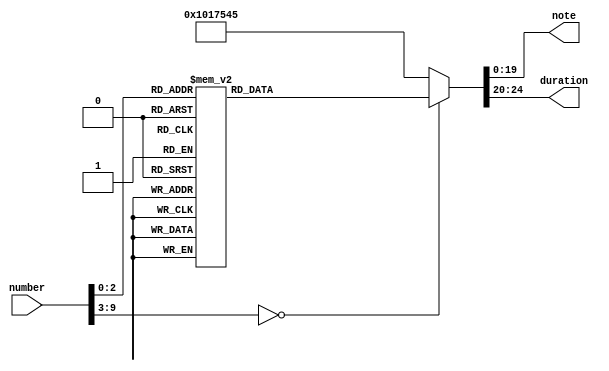
`timescale 1ns / 1ps


module GameWinMusicSheet( input [9:0] number, 
	output reg [19:0] note,//max ? different musical notes
	output reg [4:0] duration);
	parameter   SIXTEENTH = 1;
	parameter   EIGTH = 2;
    parameter   QUARTER = 4;//2
    parameter	HALF = 8;
    parameter	ONE = 16;

    parameter   A4 = 113_636, C4=95_557, D4=85_131, E4 = 75_844, F4=71_586, G4 = 63_776, C5 = 47_778, SP = 1;  
    parameter   F5 = 71_633, D5 = 85_178, B4 = 101_214, E5 = 75_872, A5 = 56_818;
    parameter   G5 = 63_775, Gb5 = 60_168, Gb4 = 120_481;
    parameter A1 = 909090;
    parameter A2 = 454545;
    parameter B1 = 809847;
    parameter B2 = 404956;
    parameter C2 = 764409;
    parameter C3 = 382233;
    parameter D2 = 681013;
    parameter D3 = 340529;
    parameter E2 = 606722;
    parameter E3 = 303379;
    parameter Gb1 = 963205;
    parameter Gb2 = 481556;
    parameter A3 = 227272;
    parameter B3 = 202461;
    parameter Gb3 = 240801;
    
    always @ (number) begin
        case(number)
            0: begin note = A4; duration = QUARTER; end
            1: begin note = B4; duration = QUARTER; end
            2: begin note = D3; duration = QUARTER; end
            3: begin note = E3; duration = QUARTER; end
            4: begin note = A4; duration = QUARTER; end
            5: begin note = B4; duration = QUARTER; end
            6: begin note = D3; duration = QUARTER; end
            7: begin note = E3; duration = QUARTER; end
            default: 	begin note = C4; duration = ONE; 	end
        endcase
    end
endmodule

module GameWinSongPlayer( input clock, input playSound, output reg audioOut, output wire aud_sd);
    reg [19:0] counter;
    reg [2:0] plays;
    reg [31:0] time1, noteTime;
    reg [9:0] msec;	//millisecond counter, and sequence number of musical note.
    wire [4:0] note, duration;
    wire [19:0] notePeriod;
    parameter clockFrequency = 100_000_000; 
    reg [9:0] number;

    assign aud_sd = 1'b1;

    GameWinMusicSheet 	GameWinSong(number, notePeriod, duration);
    
    always @ (posedge clock) 
      begin
        if(~playSound) 
            begin 
              counter <=0;  
              time1<=0;  
              number <=0;  
              audioOut <=1;
              plays <= 0;	
            end
        else if (plays == 3)
            audioOut <= 0;
        else 
            begin
                counter <= counter + 1; 
                time1<= time1+1;
                if( counter >= notePeriod) 
                    begin
                        counter <=0;  
                        audioOut <= ~audioOut ; 
                    end	//toggle audio output 	
                if( time1 >= noteTime) 
                    begin	
                        time1 <=0;  
                        number <= number + 1; 
                    end  //play next note
                if(number == 8) 
                    begin
                        number <=0; // Make the number reset at the end of the song
                        plays = plays + 1;
                    end
            end
      end	
             
      always @(duration) noteTime = duration * clockFrequency/16; 
           //number of   FPGA clock periods in one note.
endmodule